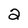
Character: 2